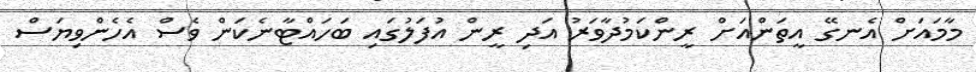
މާމައަށް އެނގޭ އީތަންއަށް ރީންކަމުދާވަރު އަދި ރީން އުފަލުގައި ބަހައްޓާނެކަން ވެސް އެހެންވިޔަސް